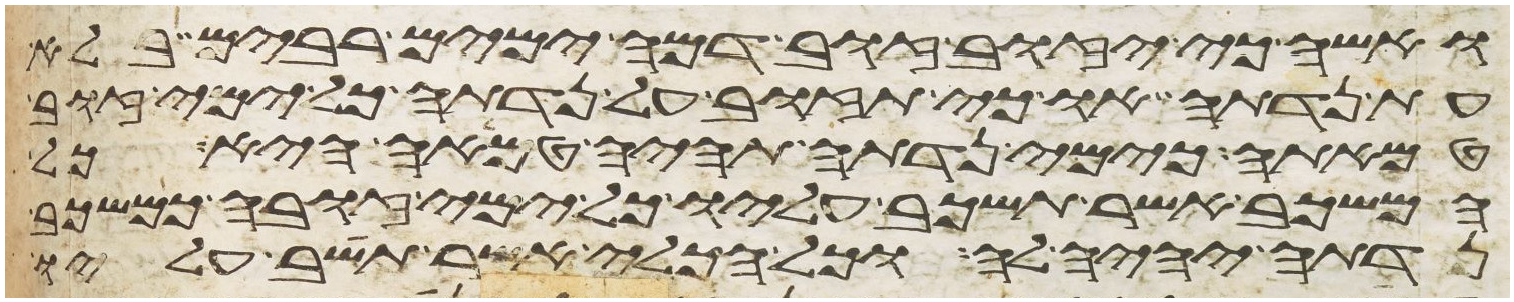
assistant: ואשה כי יזוב זוב דמה ימים רבים בלא
עת נדתה או כי תזוב על נדתה כל ימי זוב
טמאתה כימי נדתה תהיה טמאה היא כל
המשכב אשר תשכב עליו כל ימי זובה כמשכב
נדתה יהיה לה וכל הכלי אשר תשב עליו